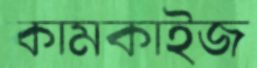
কামকাইজ